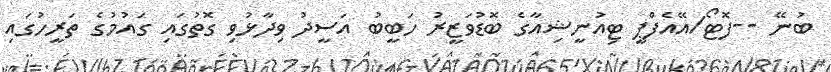
ބުނޭ --ފޮޓޯ/އޭއެފްޕީ ޓިއުނީޝިއާގެ ބޮޑުވަޒީރު ހަބީބު އަސީދު ވިދާޅުވި ގޮތުގައި ގައުމުގެ ތަރީހުގައި